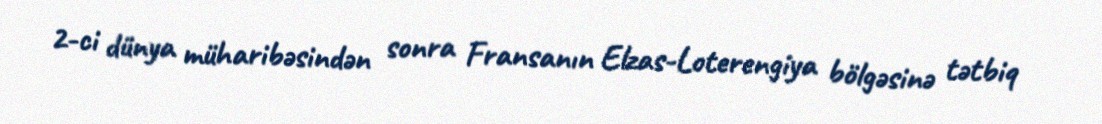
2-ci dünya müharibəsindən sonra Fransanın Elzas-Loterengiya bölgəsinə tətbiq